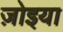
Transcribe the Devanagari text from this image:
ज़ोइया